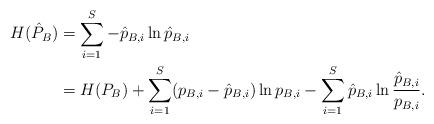
LaTeX: \begin{align*}H(\hat{P}_B) & = \sum_{i = 1}^S-\hat{p}_{B,i} \ln \hat{p}_{B,i} \\& = H(P_B) + \sum_{i =1}^S (p_{B,i} - \hat{p}_{B,i}) \ln p_{B,i} - \sum_{i = 1}^S \hat{p}_{B,i} \ln \frac{\hat{p}_{B,i}}{p_{B,i}}.\end{align*}